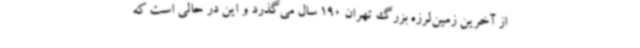
از آخرین زمین‌لرزه بزرگ تهران 190 سال می‌گذرد و این در حالی است که